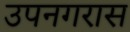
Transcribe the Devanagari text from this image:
उपनगरास